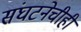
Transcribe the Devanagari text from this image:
संघटनेचीही